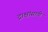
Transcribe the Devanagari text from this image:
द्राक्षांसाठी